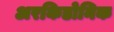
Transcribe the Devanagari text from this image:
अरकिडोनिक